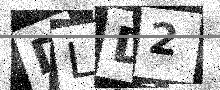
Text: DLD2